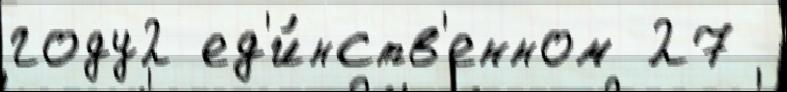
году2 ед'и́нств'енном 27